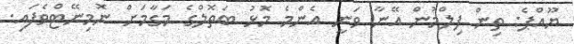
ޔޫއްޕެ: ތިން ފިލްމުން އޭނާ ވަނީ އެންމެ މޮޅު ބަތޮލްގެ މަގާމަށް ނޮމިނޭޓްވެފައި.